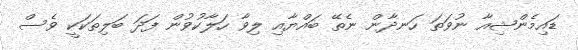
ޑައިމެންޝިއާ ނުވަތަ ހަނދާން ނެތޭ ބައްޔާއި ލިވާ ހަލާކުވުން ފަދަ ބަލިތަކަކީ ވެސް